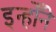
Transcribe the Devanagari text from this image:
इन्होँने